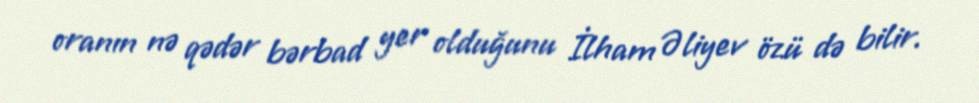
oranın nə qədər bərbad yer olduğunu İlham Əliyev özü də bilir.